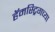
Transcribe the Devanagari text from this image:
हॅमस्ट्रिगच्या